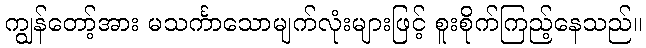
ကျွန်တော့်အား မသင်္ကာသောမျက်လုံးများဖြင့် စူးစိုက်ကြည့်နေသည်။